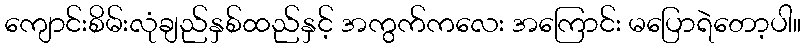
ကျောင်းစိမ်းလုံချည်နှစ်ထည်နှင့် အကွက်ကလေး အကြောင်း မပြောရဲတော့ပါ။